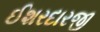
ઈશરદારજી